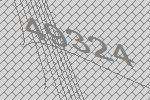
49324